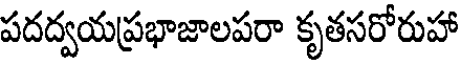
పదద్వయప్రభాజాలపరా కృతసరోరుహా